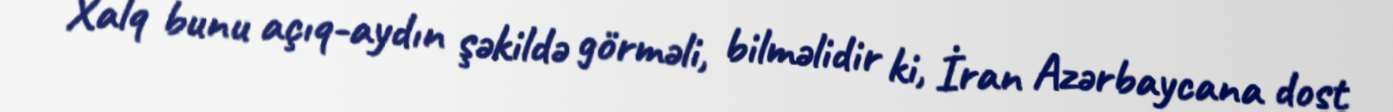
Xalq bunu açıq-aydın şəkildə görməli, bilməlidir ki, İran Azərbaycana dost